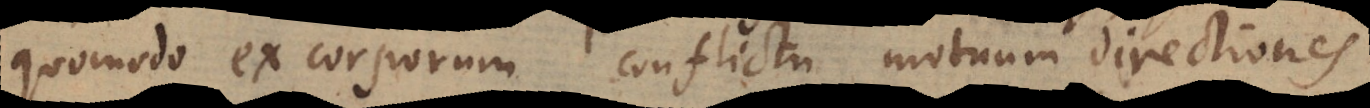
quomodo ex corporum conflictu motuum directiones